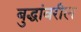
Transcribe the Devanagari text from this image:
बुद्धांवरील